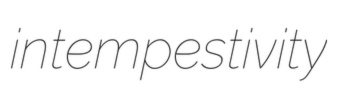
intempestivity